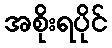
အစိုးရပိုင်